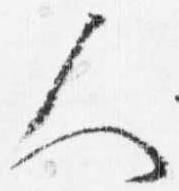
人